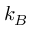
k _ { B }